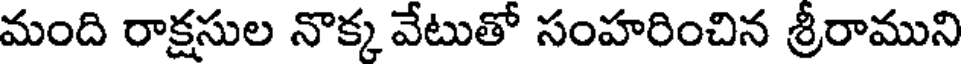
మంది రాక్షసుల నొక్క వేటుతో సంహరించిన శ్రీరాముని